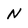
Character: N